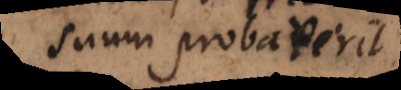
suum probat